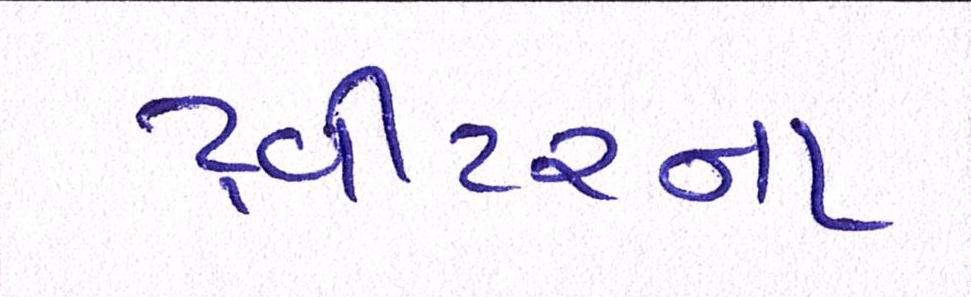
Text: ટ્વીટરના